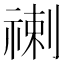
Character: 𥚲